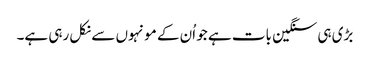
بڑی ہی سنگین بات ہے جو اُن کے مونہوں سے نکل رہی ہے۔